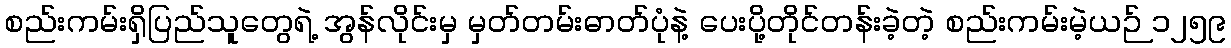
စည်းကမ်းရှိပြည်သူတွေရဲ့ အွန်လိုင်းမှ မှတ်တမ်းဓာတ်ပုံနဲ့ ပေးပို့တိုင်တန်းခဲ့တဲ့ စည်းကမ်းမဲ့ယဉ် ၁၂၅၉